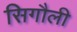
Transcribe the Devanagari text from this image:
सिगौली